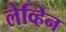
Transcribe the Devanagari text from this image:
लेव्हिन